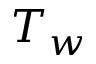
T _ { w }